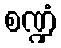
စဏ္ဍံ